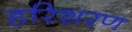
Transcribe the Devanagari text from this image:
हरिशरण